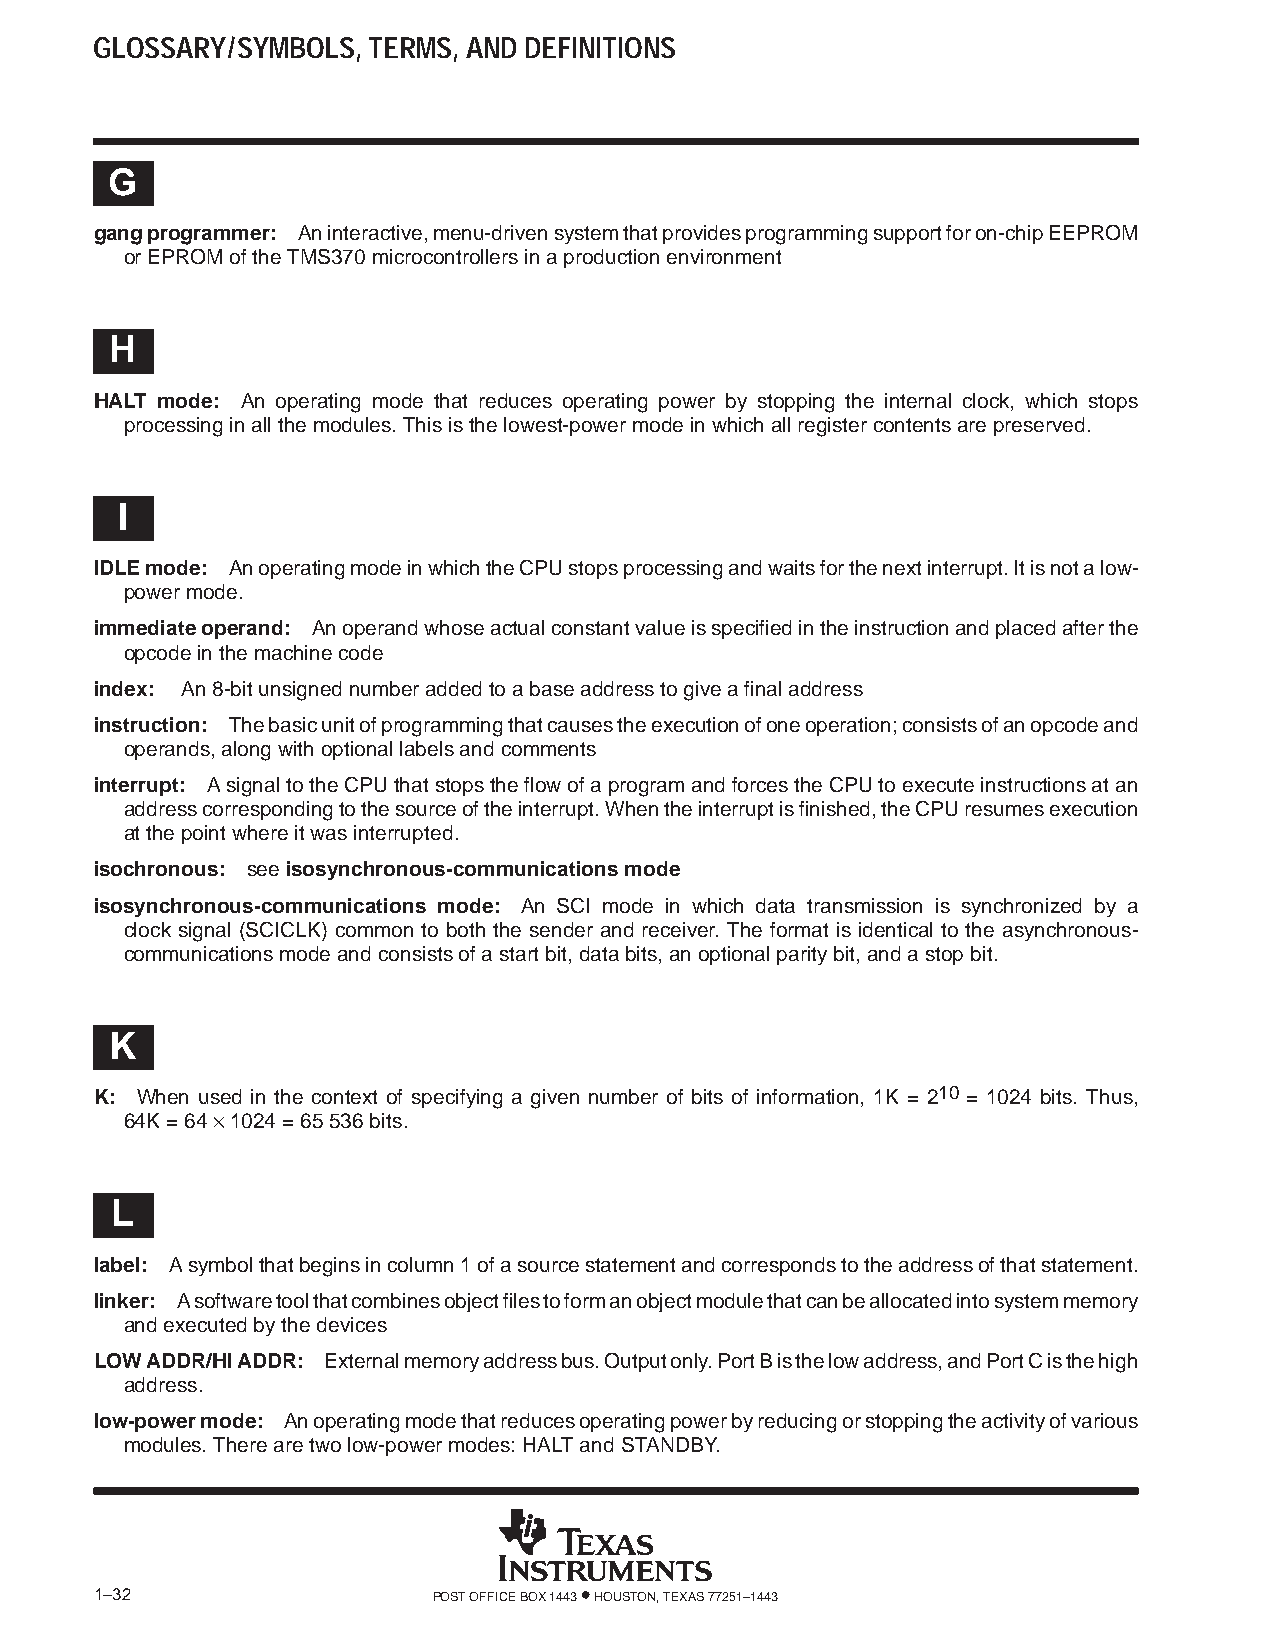
GLOSSARY/SYMBOLS, TERMS, AND DEFINITIONS
 G
 gang programmer: An interactive, menu-driven system that provides programming support for on-chip EEPROM
 or EPROM of the TMS370 microcontrollers in a production environment
 H
 HALT mode: An operating mode that reduces operating power by stopping the internal clock, which stops
 processing in all the modules. This is the lowest-power mode in which all register contents are preserved.
 I
 IDLE mode: An operating mode in which the CPU stops processing and waits for the next interrupt. It is not a low-
 power mode.
 immediate operand: An operand whose actual constant value is specified in the instruction and placed after the
 opcode in the machine code
 index: An 8-bit unsigned number added to a base address to give a final address
 instruction: The basic unit of programming that causes the execution of one operation; consists of an opcode and
 operands, along with optional labels and comments
 interrupt: A signal to the CPU that stops the flow of a program and forces the CPU to execute instructions at an
 address corresponding to the source of the interrupt. When the interrupt is finished, the CPU resumes execution
 at the point where it was interrupted.
 isochronous: see isosynchronous-communications mode
 isosynchronous-communications mode: An SCI mode in which data transmission is synchronized by a
 clock signal (SCICLK) common to both the sender and receiver. The format is identical to the asynchronous-
 communications mode and consists of a start bit, data bits, an optional parity bit, and a stop bit.
 K
 K: When used in the context of specifying a given number of bits of information, 1K = 210 = 1024 bits. Thus,
 64K = 64 × 1024 = 65536 bits.
 L
 label: A symbol that begins in column 1 of a source statement and corresponds to the address of that statement.
 linker: A software tool that combines object files to form an object module that can be allocated into system memory
 and executed by the devices
 LOW ADDR/HI ADDR: External memory address bus. Output only. Port B is the low address, and Port C is the high
 address.
 low-power mode: An operating mode that reduces operating power by reducing or stopping the activity of various
 modules. There are two low-power modes: HALT and STANDBY.
 1–32                   POST OFFICE BOX 1443 • HOUSTON, TEXAS 77251–1443